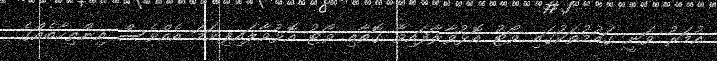
އުމަރު ވަނީ ގައުމުތަކުގައި ވޯޓު އޮޅުވާލާފައިވާ ގޮތާއި ވޯޓު އޮޅުވާލައިފިނަމަ އެއްވެސް އިންތިހާބެއްގެ